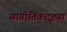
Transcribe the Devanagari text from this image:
सांगीतिकदृष्ट्या